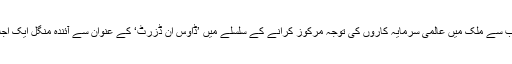
ریاض حکومت کی جانب سے ملک میں عالمی سرمایہ کاروں کی توجہ مرکوز کرانے کے سلسلے میں ’ڈاوس ان ڈزرٹ‘ کے عنوان سے آئندہ منگل ايک اجلاس منعقد کیا جائے گا۔